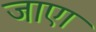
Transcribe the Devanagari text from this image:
जाएा